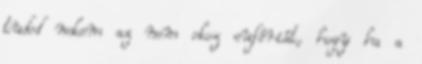
tudod nekem az nem okoz eufóriát, hogy ha a